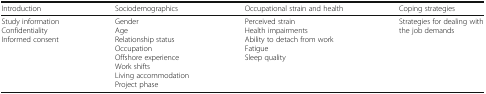
<table><thead><tr><td><b>Introduction</b></td><td><b>Sociodemographics</b></td><td><b>Occupational strain and health</b></td><td><b>Coping strategies</b></td></tr></thead><tbody><tr><td>Study informationConfidentialityInformed consent</td><td>GenderAgeRelationship statusOccupationOffshore experienceWork shiftsLiving accommodationProject phase</td><td>Perceived strainHealth impairmentsAbility to detach from workFatigueSleep quality</td><td>Strategies for dealing with the job demands</td></tr></tbody></table>